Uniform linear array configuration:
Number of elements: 4
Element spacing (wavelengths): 0.75
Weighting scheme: blackman
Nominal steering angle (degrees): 30
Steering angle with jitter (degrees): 29.345
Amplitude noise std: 0.05
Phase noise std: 0.05

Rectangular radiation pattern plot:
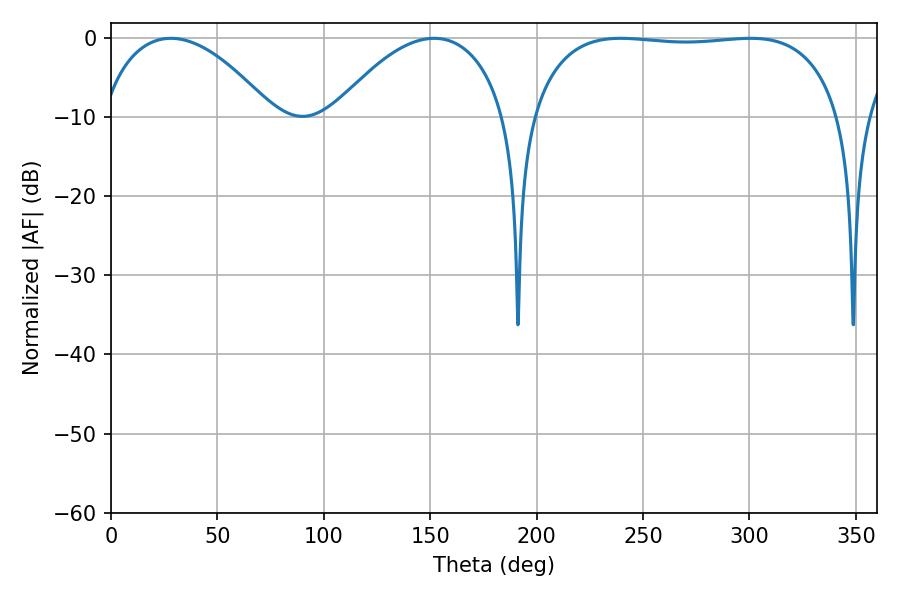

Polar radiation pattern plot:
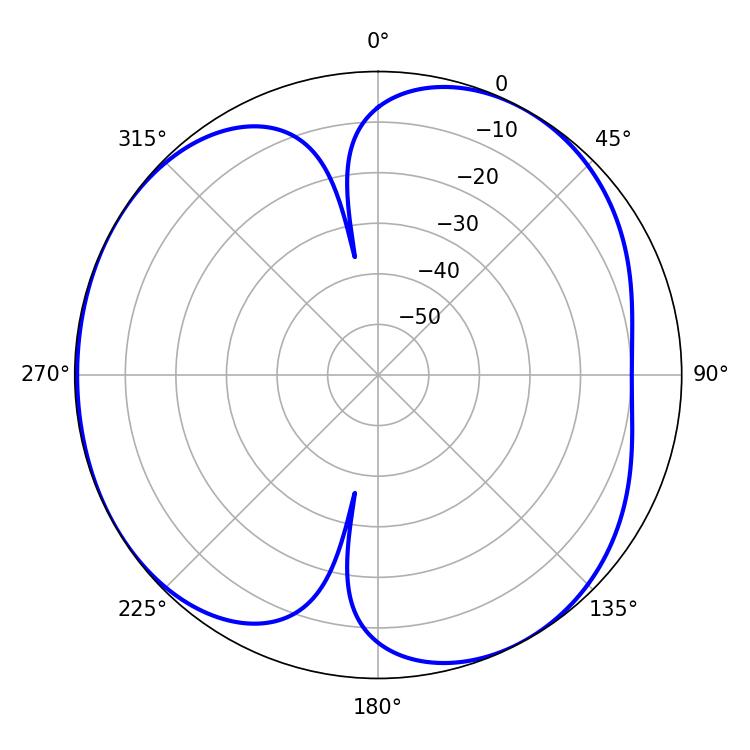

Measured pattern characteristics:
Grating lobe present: TRUE
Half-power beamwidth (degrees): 115.92
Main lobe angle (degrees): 239.58